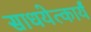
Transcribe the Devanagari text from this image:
साधयेत्कार्यं